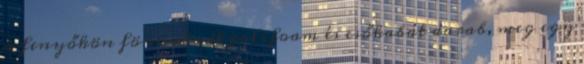
a fenyőkön fönnakadt polifoam és esőkabát darab, meg egy